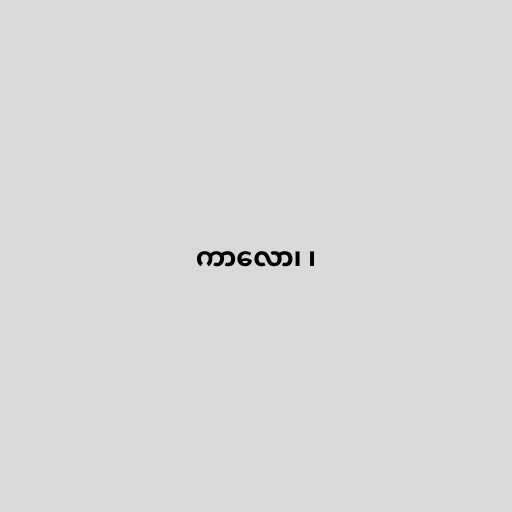
ကာလော၊ ၊